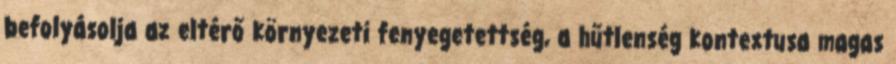
befolyásolja az eltérő környezeti fenyegetettség, a hűtlenség kontextusa magas